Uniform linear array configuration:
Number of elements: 32
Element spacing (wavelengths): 0.5
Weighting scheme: kaiser
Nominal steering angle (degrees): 15
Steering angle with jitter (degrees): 14.386
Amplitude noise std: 0.05
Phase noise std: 0.05

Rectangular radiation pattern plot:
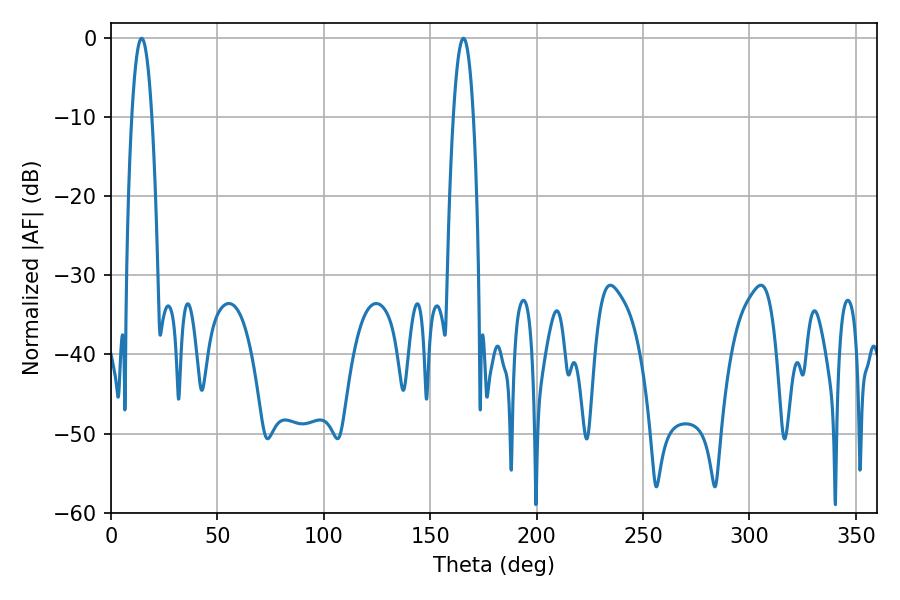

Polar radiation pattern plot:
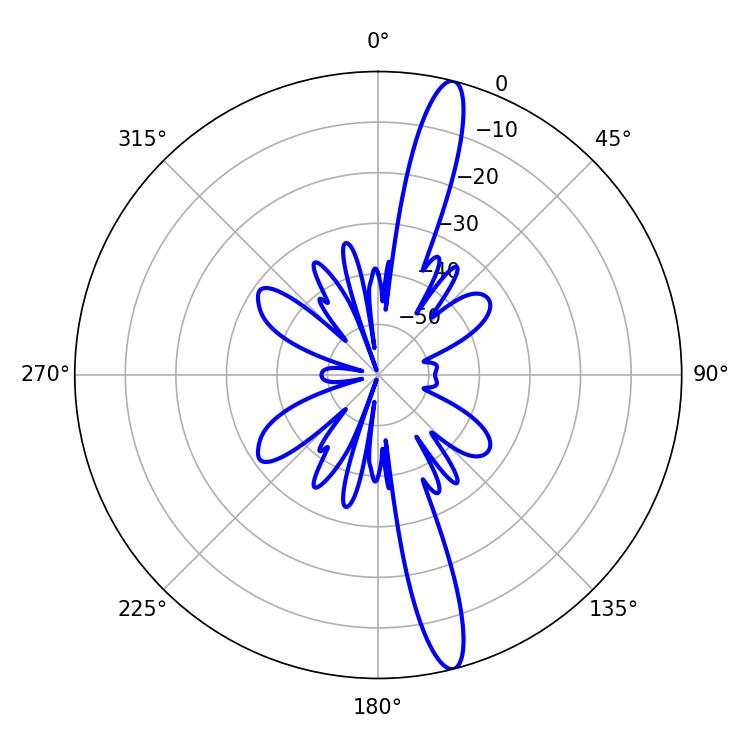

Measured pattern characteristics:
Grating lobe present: FALSE
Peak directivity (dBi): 16.13
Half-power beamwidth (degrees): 5.04
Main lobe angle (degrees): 14.4